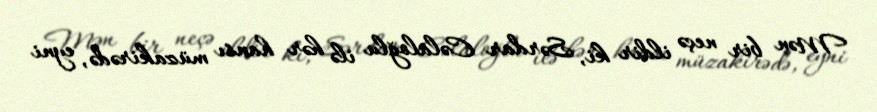
Mən bir neçə ildir ki, Sərdar Cəlaloğlu ilə hər hansı müzakirədə, eyni